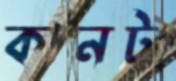
কানটা